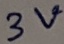
Text: 3V